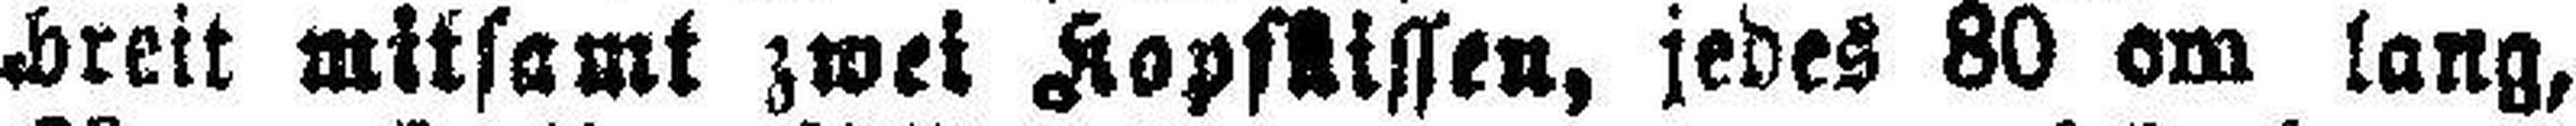
breit mitsamt zwei Kopfkissen, jedes 80 cm lang,